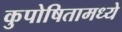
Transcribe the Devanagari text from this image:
कुपोषितामध्ये